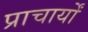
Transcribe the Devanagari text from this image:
प्राचार्यों